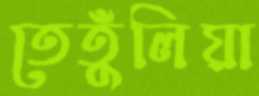
তেতুঁলিয়া